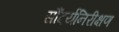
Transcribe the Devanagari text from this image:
सौंदर्यनिरीक्षण